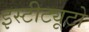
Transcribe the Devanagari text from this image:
इस्टीट्यूटो